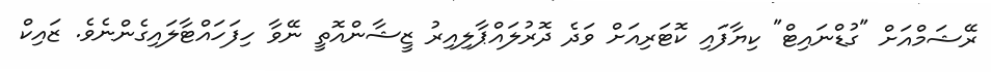
ރޭޝަމްއަށް "ގުޑްނައިޓް" ކިޔާފައި ކޮޓަރިއަށް ވަދެ ދޮރުލައްޕާލިއިރު ޒީޝާންއޮތީ ނޭވާ ހިފަހައްޓާލައިގެންނެވެ. ޒައިކް